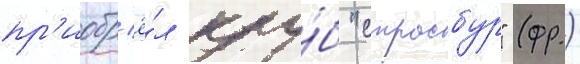
пр'иобр'ё́л клу́б "страсбур" (фр.)